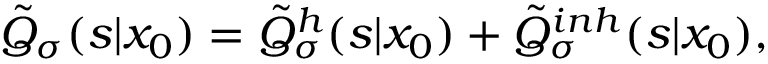
\tilde { Q } _ { \sigma } ( s | x _ { 0 } ) = \tilde { Q } _ { \sigma } ^ { h } ( s | x _ { 0 } ) + \tilde { Q } _ { \sigma } ^ { i n h } ( s | x _ { 0 } ) ,